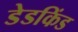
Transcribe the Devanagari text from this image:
डेडकिंड